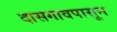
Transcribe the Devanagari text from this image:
दासगावपासून